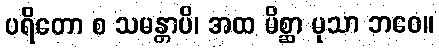
ပရိတော စ သမန္တာပိ၊ အထ မိစ္ဆာ မုသာ ဘဝေ။